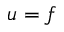
u = f